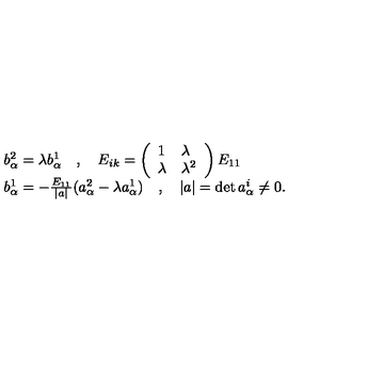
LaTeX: \begin{array} { l } { b _ { \alpha } ^ { 2 } = \lambda b _ { \alpha } ^ { 1 } \quad , \quad E _ { i k } = \left( \begin{array} { l l } { 1 } & { \lambda } \\ { \lambda } & { \lambda ^ { 2 } } \\ \end{array} \right) E _ { 1 1 } } \\ { b _ { \alpha } ^ { 1 } = - \frac { E _ { 1 1 } } { | a | } ( a _ { \alpha } ^ { 2 } - \lambda a _ { \alpha } ^ { 1 } ) \quad , \quad | a | = \det a _ { \alpha } ^ { i } \not = 0 . } \\ \end{array}